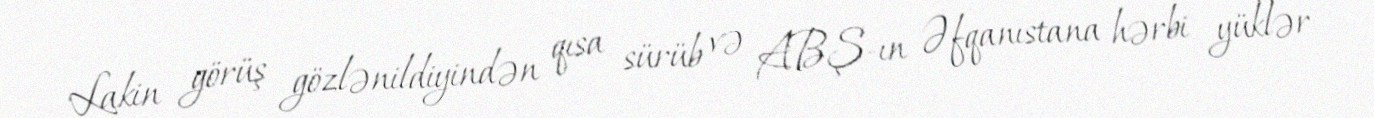
Lakin görüş gözlənildiyindən qısa sürüb və ABŞ-ın Əfqanıstana hərbi yüklər